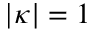
| \kappa | = 1